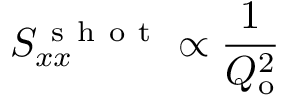
S _ { x x } ^ { \mathrm { ~ s ~ h ~ o ~ t ~ } } \propto \frac { 1 } { Q _ { \mathrm { o } } ^ { 2 } }